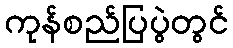
ကုန်စည်ပြပွဲတွင်